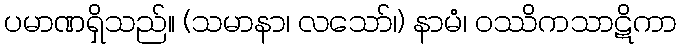
ပမာဏရှိသည်။ (သမာနာ၊ လသော်၊) နာမံ၊ ဝဿိကသာဋိကာ